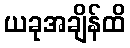
ယခုအချိန်ထိ